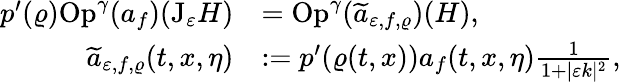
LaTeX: \begin{array}{rl}{p^{\prime}(\varrho)\mathrm{Op}^{\gamma}(a_{f})(\mathrm{J}_{\varepsilon}H)}&{=\mathrm{Op}^{\gamma}(\widetilde{a}_{\varepsilon,f,\varrho})(H),}\\ {\widetilde{a}_{\varepsilon,f,\varrho}(t,x,\eta)}&{:=p^{\prime}(\varrho(t,x))a_{f}(t,x,\eta)\frac{1}{1+\vert\varepsilon k\vert^{2}},}\end{array}